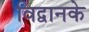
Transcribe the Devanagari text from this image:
विद्वानके